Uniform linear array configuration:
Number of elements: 64
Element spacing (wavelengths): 0.25
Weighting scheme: hann
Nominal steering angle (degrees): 30
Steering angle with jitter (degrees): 31.744
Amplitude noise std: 0.05
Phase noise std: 0.05

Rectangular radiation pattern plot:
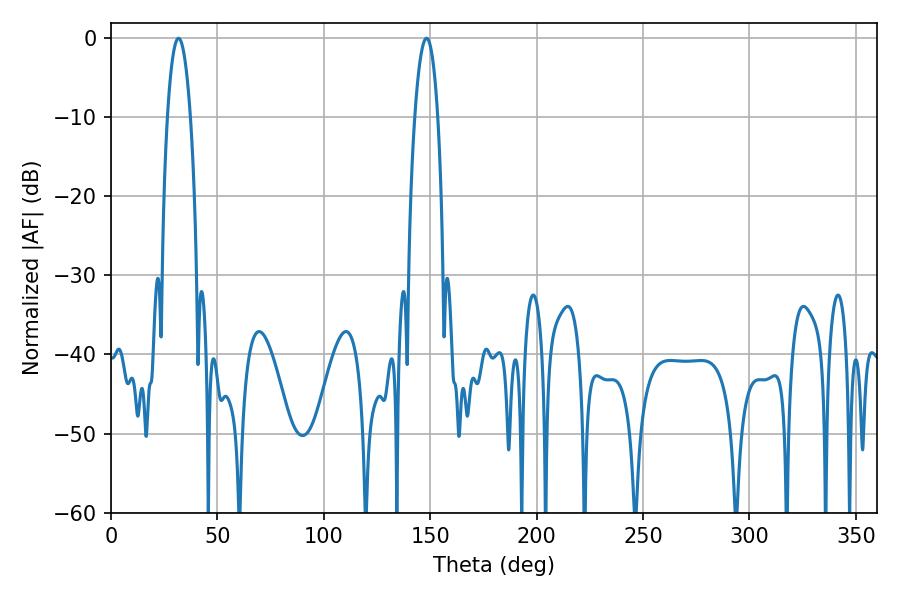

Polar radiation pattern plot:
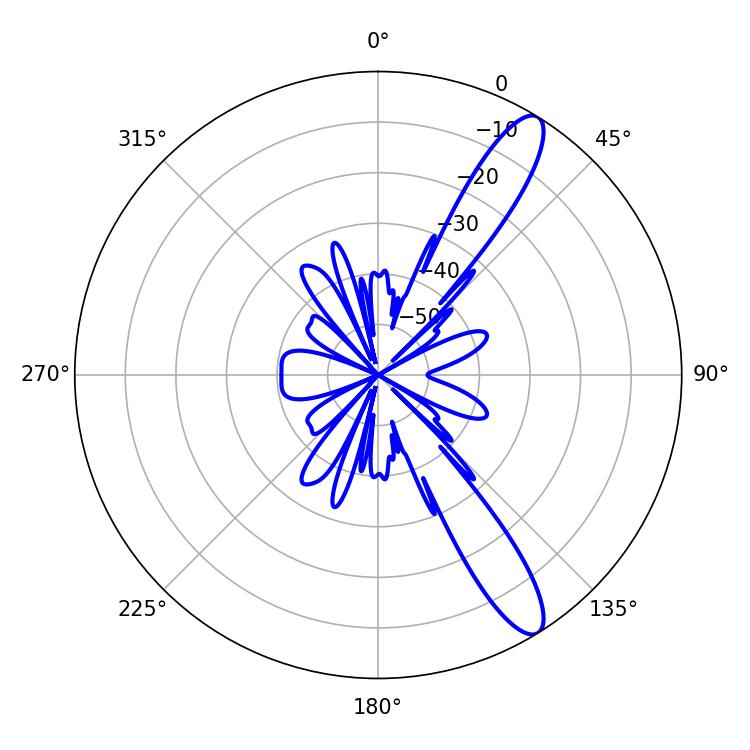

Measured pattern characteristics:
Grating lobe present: FALSE
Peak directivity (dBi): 12.272
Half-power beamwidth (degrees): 5.94
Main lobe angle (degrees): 31.68